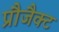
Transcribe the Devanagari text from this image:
प्रौजैक्ट